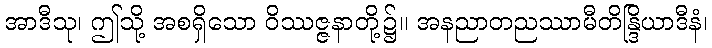
အာဒီသု၊ ဤသို့ အစရှိသော ဝိဿဇ္ဇနာတို့၌။ အနညာတညဿာမီတိန္ဒြိယာဒီနံ၊